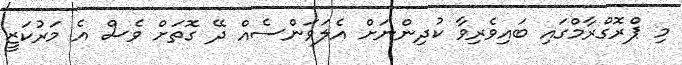
މި ޕްރޮގްރާމްގައި ބައިވެރިވާ ކުދިންނަށް އެލަވަންސެއް ދޭ ގޮތަށް ވެސް އެ މަރުކަޒީ